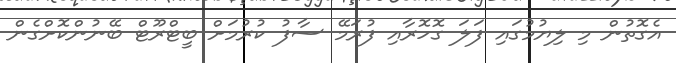
އެގޮތުން މި ލިޔުމުގައި ފަލަ ގޮހޮރާއި ފުރަމޭ ސާފު ކުރުމަށް ބީޓްރޫޓް ބޭނުންކޮށްގެން